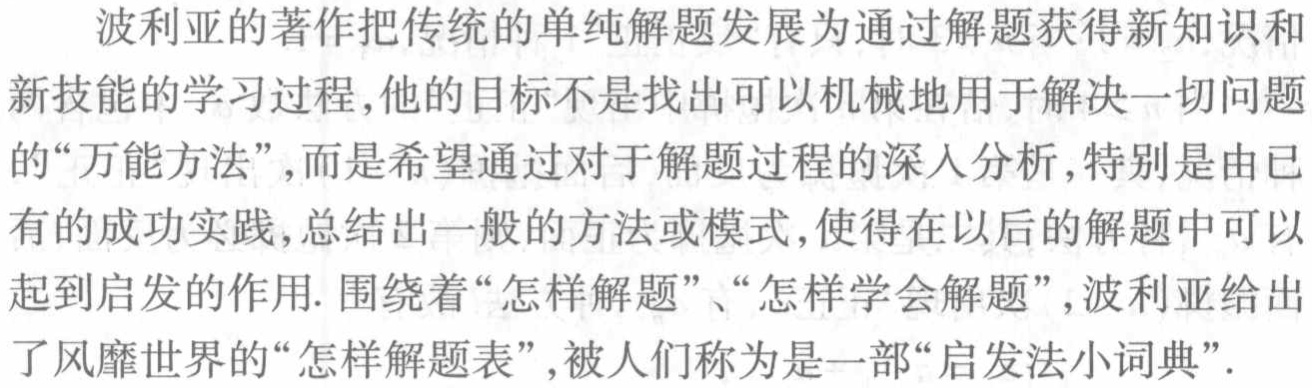
波利亚的著作把传统的单纯解题发展为通过解题获得新知识和
新技能的学习过程,他的目标不是找出可以机械地用于解决一切问题
的“万能方法”,而是希望通过对于解题过程的深入分析,特别是由已
有的成功实践,总结出一般的方法或模式,使得在以后的解题中可以
起到启发的作用. 围绕着“怎样解题”、“怎样学会解题”,波利亚给出
了风靡世界的“怎样解题表”,被人们称为是一部“启发法小词典”.